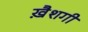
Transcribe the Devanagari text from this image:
ख़ैशगी